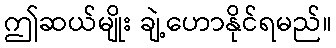
ဤဆယ်မျိုး ချဲ့ဟောနိုင်ရမည်။